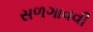
સળગાવવી